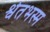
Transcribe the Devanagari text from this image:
श्वेतभस्म